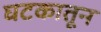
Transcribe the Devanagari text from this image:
घटकातून